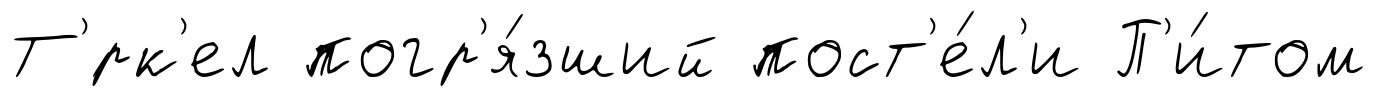
Т'́рк'ел погр'я́зший пост'е́л'и П'и́том